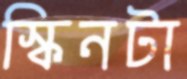
স্কিনটা